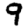
Digit: 9